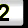
Digit: 2